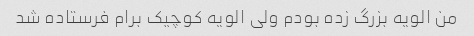
من الویه بزرگ زده بودم ولی الویه کوچیک برام فرستاده شد